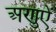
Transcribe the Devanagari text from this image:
अणुऐं